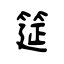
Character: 筵